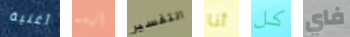
أغنية ألبسه التفسير أنا كل فاي